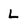
Character: L